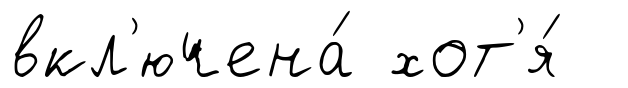
вкл'ючена́ хот'я́